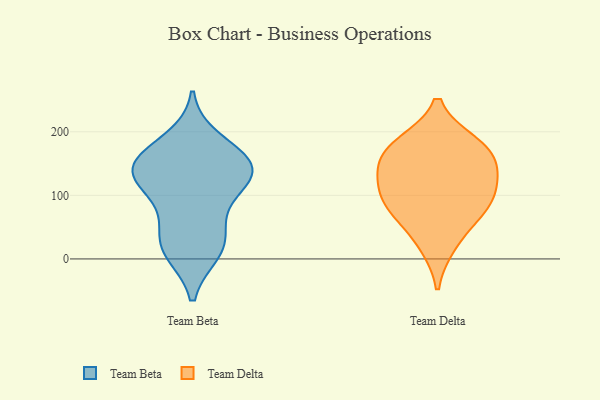
{"axis": {"x": "Operating Costs (USD K)", "y": "Value"}, "legend": ["Team Beta", "Team Delta"], "data": [{"x": "", "y": 141, "type": "Team Beta"}, {"x": "", "y": 160, "type": "Team Beta"}, {"x": "", "y": 51, "type": "Team Beta"}, {"x": "", "y": 26, "type": "Team Beta"}, {"x": "", "y": 152, "type": "Team Beta"}, {"x": "", "y": 124, "type": "Team Beta"}, {"x": "", "y": 128, "type": "Team Beta"}, {"x": "", "y": 152, "type": "Team Beta"}, {"x": "", "y": 89, "type": "Team Beta"}, {"x": "", "y": 127, "type": "Team Beta"}, {"x": "", "y": 14, "type": "Team Beta"}, {"x": "", "y": 11, "type": "Team Beta"}, {"x": "", "y": 187, "type": "Team Beta"}, {"x": "", "y": 94, "type": "Team Delta"}, {"x": "", "y": 72, "type": "Team Delta"}, {"x": "", "y": 124, "type": "Team Delta"}, {"x": "", "y": 22, "type": "Team Delta"}, {"x": "", "y": 116, "type": "Team Delta"}, {"x": "", "y": 182, "type": "Team Delta"}, {"x": "", "y": 150, "type": "Team Delta"}, {"x": "", "y": 76, "type": "Team Delta"}, {"x": "", "y": 180, "type": "Team Delta"}, {"x": "", "y": 161, "type": "Team Delta"}]}